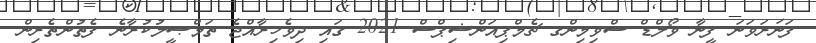
ފަނަރަވަނަ ފީނާ ވޯލްޑް ސްވިމިންގ ޗެމްޕިއަންޝިޕްސް 2021 ގައި ދިވެހިރާއްޖެ ތަމްޞީލުކުރާނެ ފެތުންތެރިން